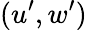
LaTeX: (u^{\prime},w^{\prime})